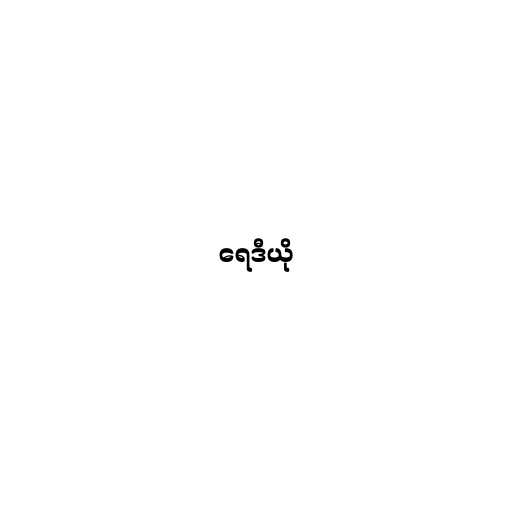
ရေဒီယို